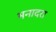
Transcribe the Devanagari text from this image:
भनादरा